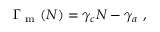
\Gamma _ { \mathrm { ~ m ~ } } ( N ) = \gamma _ { c } N - \gamma _ { a } \mathrm { ~ , ~ }